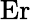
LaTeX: \mathrm{Er}